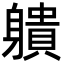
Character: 䠿